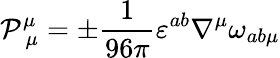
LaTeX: \mathcal{P}_{\ \mu}^{\mu}=\pm\frac{1}{96\pi}\varepsilon^{ab}\nabla^{\mu}\omega_{ab\mu}